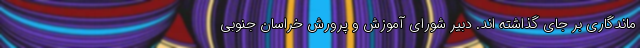
ماندگاری بر جای گذاشته اند. دبیر شورای آموزش و پرورش خراسان جنوبی